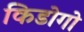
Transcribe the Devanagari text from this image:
किडोगो